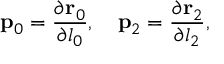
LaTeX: { \bf p } _ { 0 } = { \frac { \partial { \bf r } _ { 0 } } { \partial l _ { 0 } } } , \quad { \bf p } _ { 2 } = { \frac { \partial { \bf r } _ { 2 } } { \partial l _ { 2 } } } ,